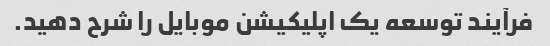
فرآیند توسعه یک اپلیکیشن موبایل را شرح دهید.